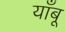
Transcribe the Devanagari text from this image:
याँबू